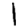
Digit: 1